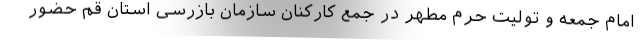
امام جمعه و تولیت حرم مطهر در جمع کارکنان سازمان بازرسی استان قم حضور